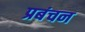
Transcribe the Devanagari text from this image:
प्रबंचन